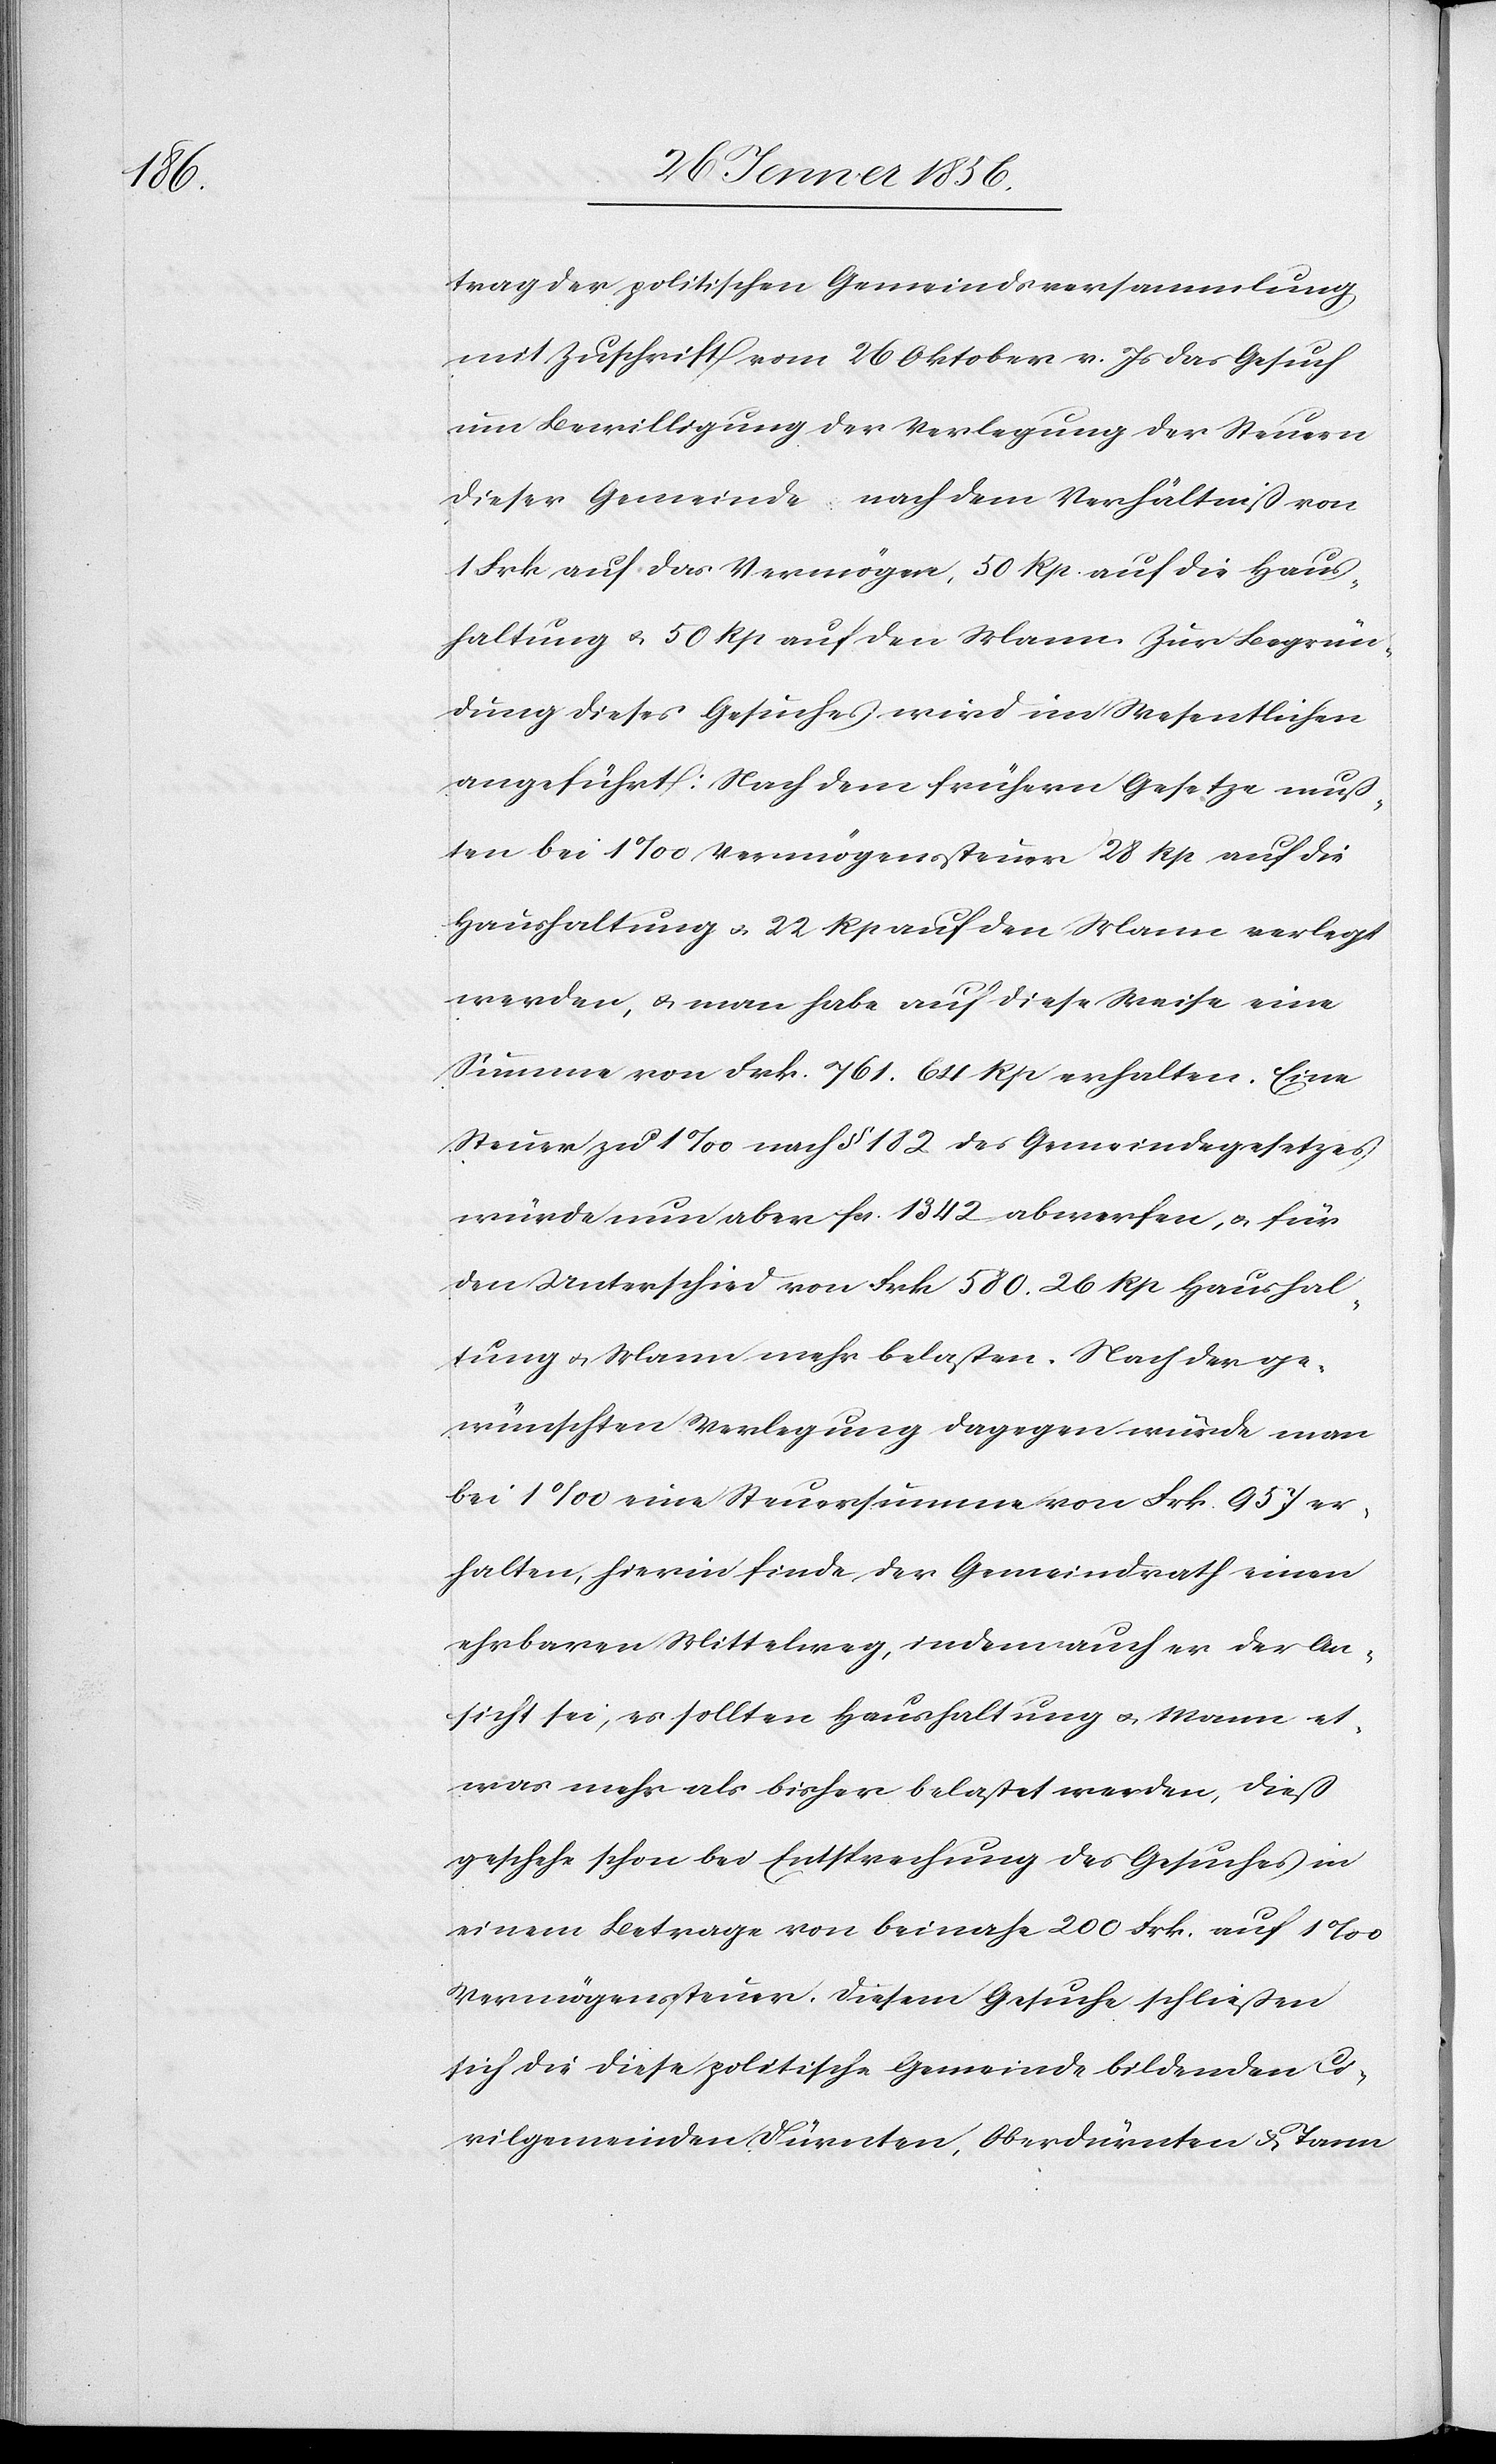
trag der politischen Gemeindsversammlung
mit Zuschrift vom 26 Oktober v. Js das Gesuch
um Bewilligung der Verlegung der Steuern
dieser Gemeinde nach dem Verhältniß von
1 Frk auf das Vermögen, 50 Rp auf die Haus¬
haltung u. 50 Rp auf den Mann. Zur Begrün¬
dung dieses Gesuches wird im Wesentlichen
angeführt: Nach dem frühern Gesetze muß¬
ten bei 1‰ Vermögenssteuer 28 Rp auf die
Haushaltung u. 22 Rp auf den Mann verlegt
werden, u. man habe auf diese Weise eine
Summe von Frk. 761. 64 Rp erhalten. Eine
Steuer zu 1‰ nach § 182 des Gemeindegesetzes
würde nun aber fa. 1342 abwerfen, u. für
den Unterschied von Frk 580. 26 Rp Haushal¬
tung u. Mann mehr belasten. Nach der ge¬
wünschten Verlegung dagegen würde man
bei 1‰ eine Steuersumme von Frk. 957 er¬
halten, hierin finde der Gemeindrath einen
ehrbaren Mittelweg, indem auch er der An¬
sicht sei, es sollten Haushaltungen u. Mann et¬
was mehr als bisher belastet werden, dieß
geschehe schon bei Entsprechung des Gesuches in
einem Betrage von beinahe 200 Frk. auf 1‰
Vermögenssteuer. Diesem Gesuche schließen
sich die diese politische Gemeinde bildenden Ci¬
vilgemeinden Dürnten, Oberdürnten & Tann